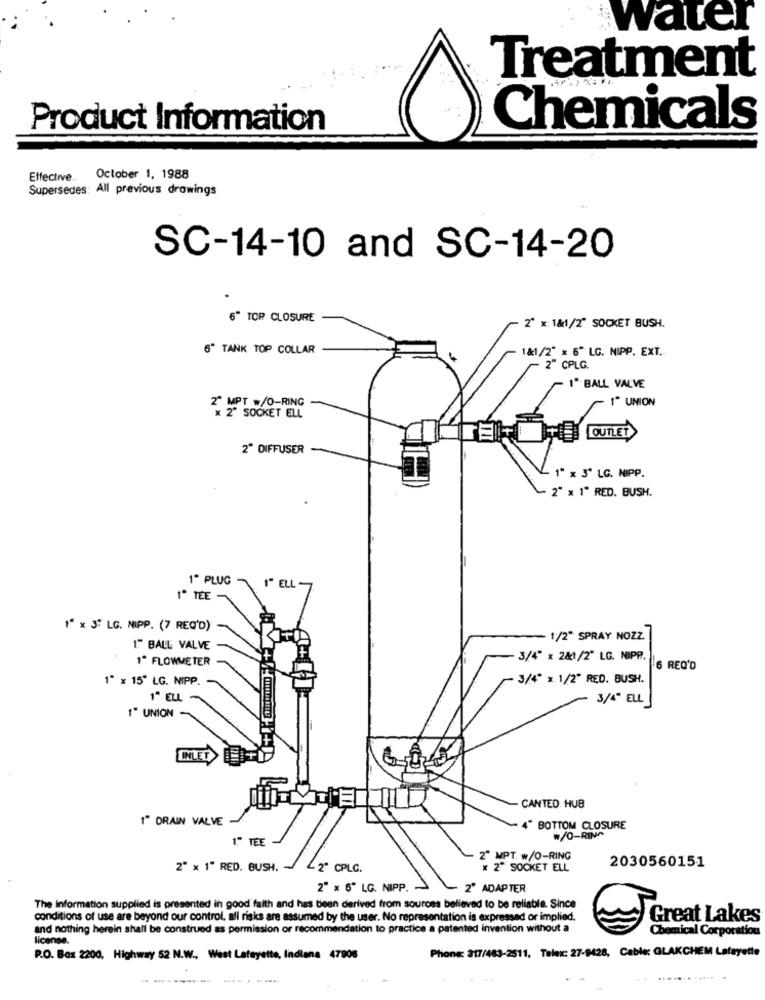
Water
Treatment
Product Information
Chemicals
Effective ..
October 1, 1988
Supersedes: All previous drowings
SC-14-10 and SC-14-20
6" TOR CLOSURE
2" x: 1&1/2" SOCKET BUSH.
6" TANK TOP COLLAR
1&1/2" × 6" LC. NIPP. EXT.
2" CPLG.
1" BALL VALVE
MPT =/O-RING
- 1" UNION
2- SOCKET ELL
2" DIFFUSER
1" x 3" LC. NIPP.
- 2" × 1" RED. BUSH.
1º PLUG
1" ELL-
1" TEE
"" x 3" LG. NIPP. (7 REQ'D)
- 1/2" SPRAY NOZZ
1." BALL VALVE
1ª FLOWMETER
3/4" x 2&1/2" LG. NIPP.
6 REQ'D
1" x 15" LG. NIPP.
- 3/4" x.1/2" RED. BUSH.
1" ELL -
3/4" ELL
1" UNION -
INLET
CANTED HUB
1" DRAIN VALVE
- 4" BOTTOM CLOSURE
w/O-RING
1. TEE
2" MPT. w/O-RING
2" x 1" RED. BUSH.
2" CPLC.
x 2" SOCKET ELL
2030560151
2" x 6" LG. NIPP. .
. 1
2" ADAPTER
The Information supplied is presented in good faith and has been derived from sources believed to be reliable. Since
conditions of use are beyond our control, all risks are assumed by the user. No representation is expressed or implied.
Great Lakes
and nothing herein shall be construed as permission of recommendation to practice a patented invention without a
license.
Chemical Corporation
Phone: 317/483-2511, Telex: 27-9428, Cable: GLAKCHEM Lafayette
P.O. Box 2200, Highway 52 N.W ., West Lafayette, Indiana 47906
..